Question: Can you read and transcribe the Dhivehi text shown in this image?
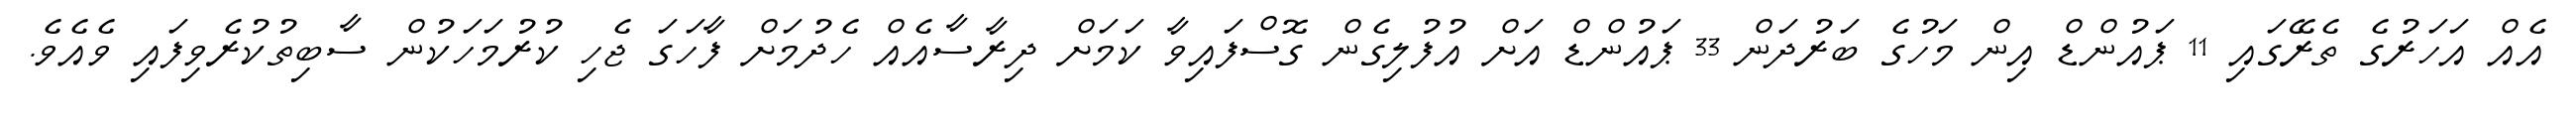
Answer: އެއް އަހަރުގެ ތެރޭގައި 11 ޕައުންޑް އިން މަހުގެ ބަރުދަން 33 ޕައުންޑް އަށް އުފުލިގެން ގޮސްފައިވާ ކަމަށް ދިރާސާއެއް ހެދުމަށް ފާހަގަ ޖެހި ކުރުމަހަކުން ސާބިތުކުރެވިފައި ވެއެވެ.